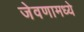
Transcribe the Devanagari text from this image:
जेवणामध्ये